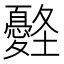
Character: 𡔀